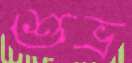
শুভ্র